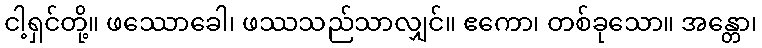
ငါ့ရှင်တို့။ ဖဿောခေါ၊ ဖဿသည်သာလျှင်။ ဧကော၊ တစ်ခုသော။ အန္တော၊